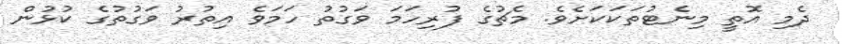
ދެމި އޮތީ މިނެޓުތަކަކަށެވެ. މެޗުގެ ފުރިހަމަ ވަގުތު ހަމަވެ އިތުރު ވަގުތުގެ ކުޅުން